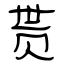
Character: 贳